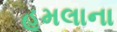
હૂમલાના